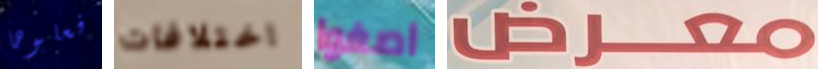
فعلوها اختلافات اصغوا معرض